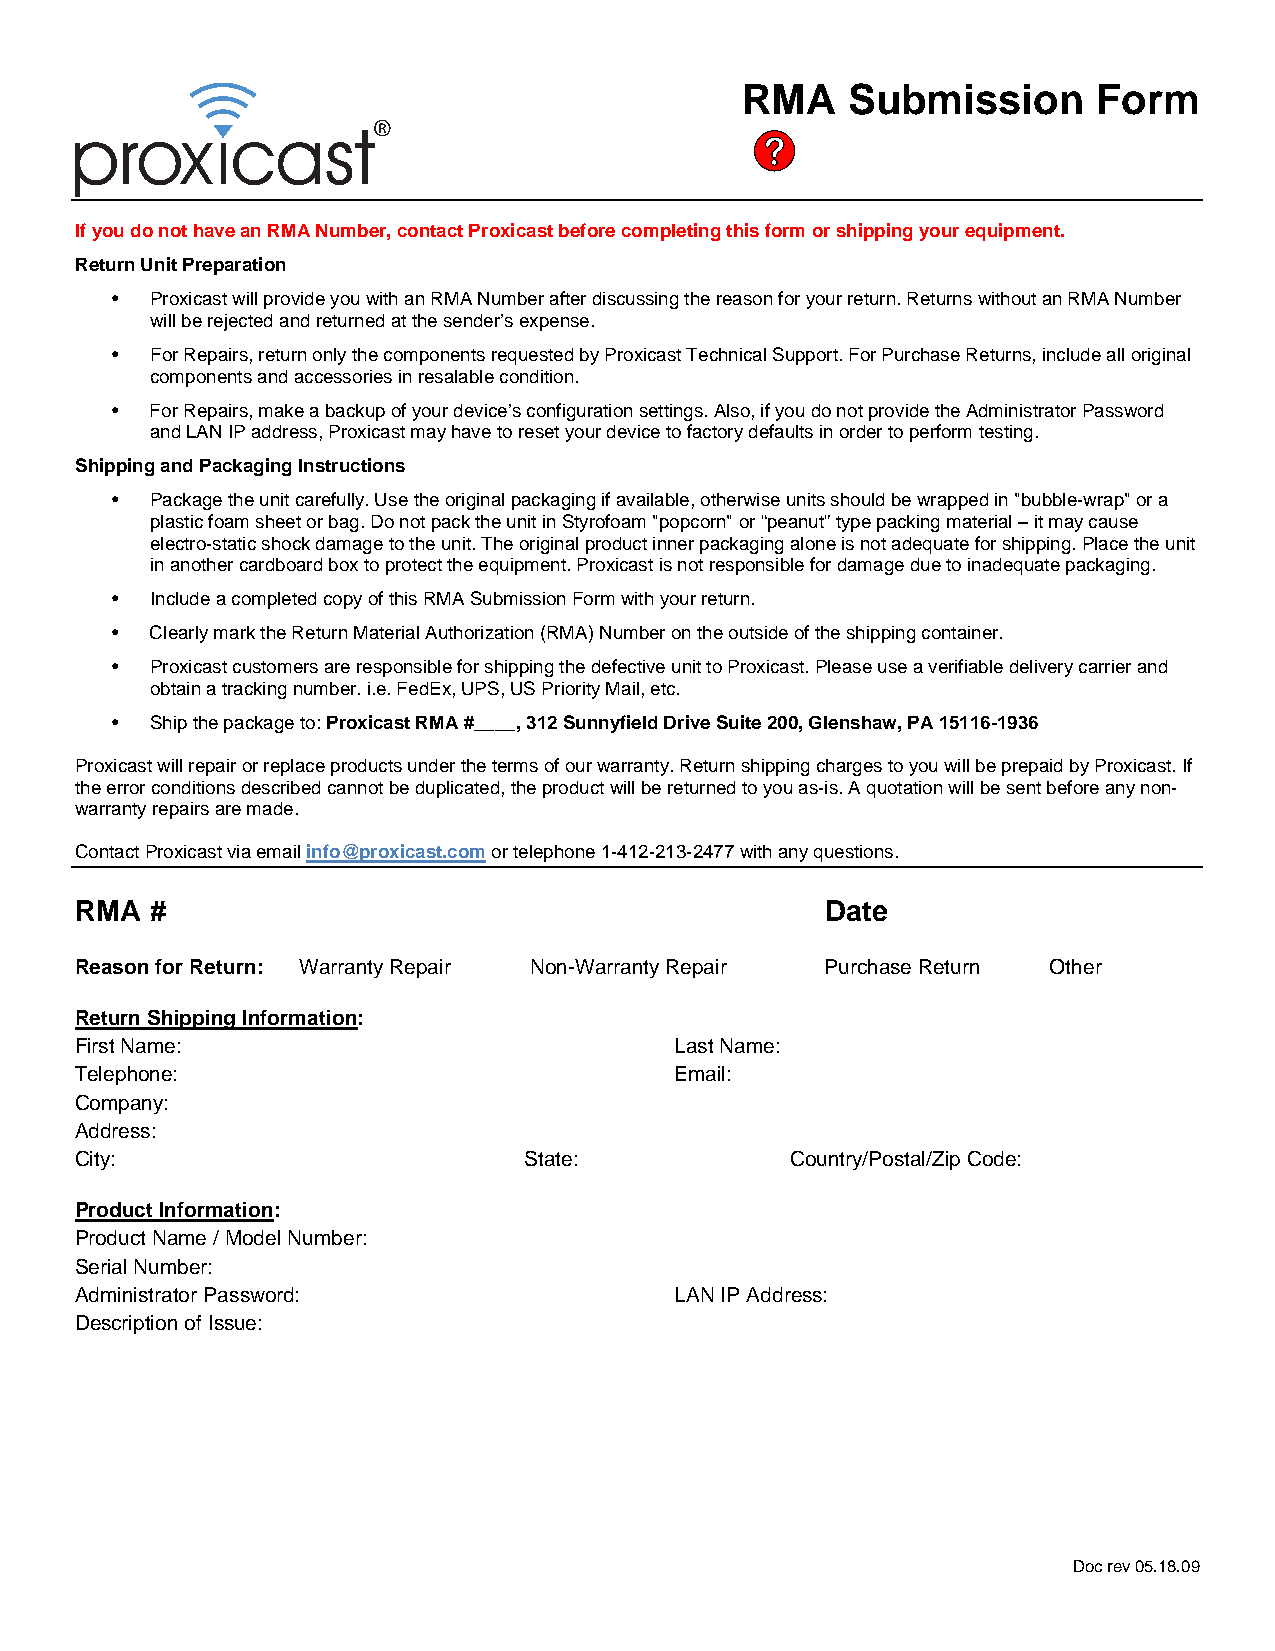
RMA    Submission       Form
 If you do not have an RMA Number, contact Proxicast before completing this form or shipping your equipment.
 Return Unit Preparation
 •  Proxicast will provide you with an RMA Number after discussing the reason for your return. Returns without an RMA Number
 will be rejected and returned at the sender’s expense.
 •  For Repairs, return only the components requested by Proxicast Technical Support. For Purchase Returns, include all original
 components and accessories in resalable condition.
 •  For Repairs, make a backup of your device’s configuration settings. Also, if you do not provide the Administrator Password
 and LAN IP address, Proxicast may have to reset your device to factory defaults in order to perform testing.
 Shipping and Packaging Instructions
 •  Package the unit carefully. Use the original packaging if available, otherwise units should be wrapped in "bubble-wrap" or a
 plastic foam sheet or bag. Do not pack the unit in Styrofoam "popcorn" or “peanut” type packing material – it may cause
 electro-static shock damage to the unit. The original product inner packaging alone is not adequate for shipping. Place the unit
 in another cardboard box to protect the equipment. Proxicast is not responsible for damage due to inadequate packaging.
 •  Include a completed copy of this RMA Submission Form with your return.
 •  Clearly mark the Return Material Authorization (RMA) Number on the outside of the shipping container.
 •  Proxicast customers are responsible for shipping the defective unit to Proxicast. Please use a verifiable delivery carrier and
 obtain a tracking number. i.e. FedEx, UPS, US Priority Mail, etc.
 •  Ship the package to: Proxicast RMA #____, 312 Sunnyfield Drive Suite 200, Glenshaw, PA 15116-1936
 Proxicast will repair or replace products under the terms of our warranty. Return shipping charges to you will be prepaid by Proxicast. If
 the error conditions described cannot be duplicated, the product will be returned to you as-is. A quotation will be sent before any non-
 warranty repairs are made.
 Contact Proxicast via email info@proxicast.com or telephone 1-412-213-2477 with any questions.
 RMA  #                                            Date
 Reason for Return: Warranty Repair Non-Warranty Repair Purchase Return Other
 Return Shipping Information:
 First Name:                             Last Name:
 Telephone:                              Email:
 Company:
 Address:
 City:                         State:           Country/Postal/Zip Code:
 Product Information:
 Product Name / Model Number:
 Serial Number:
 Administrator Password:                 LAN IP Address:
 Description of Issue:
 Doc rev 05.18.09